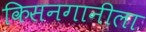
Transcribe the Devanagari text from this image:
किसनगानीला